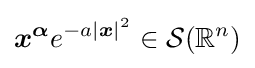
{\boldsymbol {x}}^{\boldsymbol {\alpha }}e^{-a|{\boldsymbol {x}}|^{2}}\in {\mathcal {S}}(\mathbb {R} ^{n})